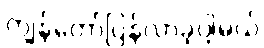
ကျွန်တော်ပြန်လာခဲ့ပါ့မယ်